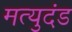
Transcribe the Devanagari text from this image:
मत्युदंड